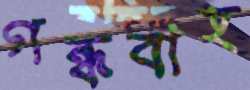
গন্ধবাহ